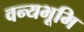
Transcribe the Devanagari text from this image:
वन्यभूमि